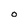
Character: O